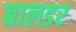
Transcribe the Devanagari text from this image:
बालडर